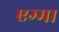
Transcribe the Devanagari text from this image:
एग्मा